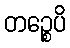
တဉ္စေပိ